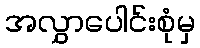
အလွှာပေါင်းစုံမှ